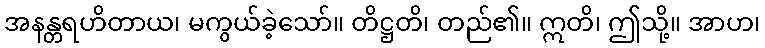
အနန္တရဟိတာယ၊ မကွယ်ခဲ့သော်။ တိဋ္ဌတိ၊ တည်၏။ ဣတိ၊ ဤသို့။ အာဟ၊